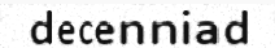
decenniad